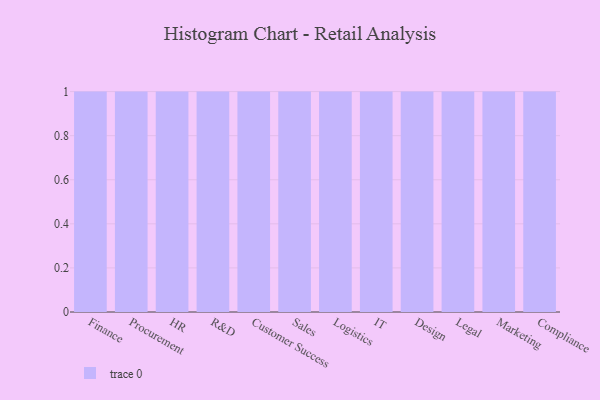
{"axis": {"x": "Department", "y": "Latency (ms)"}, "legend": [""], "data": [{"x": "Finance", "y": 93, "type": ""}, {"x": "Procurement", "y": 86, "type": ""}, {"x": "HR", "y": 45, "type": ""}, {"x": "R&D", "y": 69, "type": ""}, {"x": "Customer Success", "y": 33, "type": ""}, {"x": "Sales", "y": 66, "type": ""}, {"x": "Logistics", "y": 84, "type": ""}, {"x": "IT", "y": 68, "type": ""}, {"x": "Design", "y": 68, "type": ""}, {"x": "Legal", "y": 2, "type": ""}, {"x": "Marketing", "y": 51, "type": ""}, {"x": "Compliance", "y": 65, "type": ""}]}